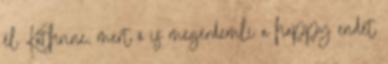
él Kathrine, mert ő is megérdemli a happy endet